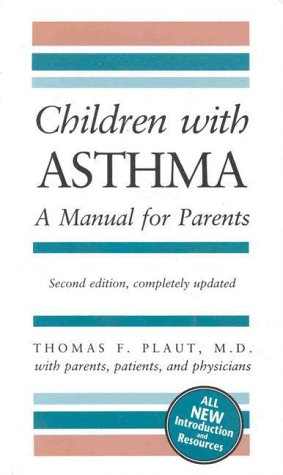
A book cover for Children with Asthma: A Manual for Parents (COMPLETELY REV); Thomas F. Plaut; Health, Fitness & Dieting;